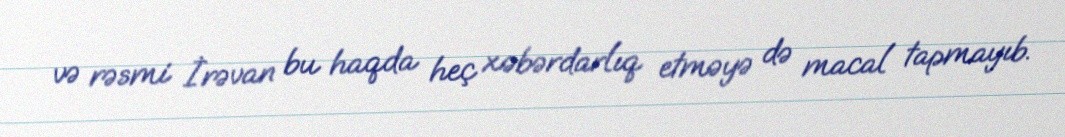
və rəsmi İrəvan bu haqda heç xəbərdarlıq etməyə də macal tapmayıb.